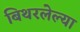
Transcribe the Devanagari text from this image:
बिथरलेल्या